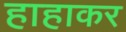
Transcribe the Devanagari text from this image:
हाहाकर